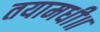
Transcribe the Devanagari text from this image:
तयामधी॥